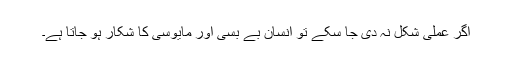
اگر عملی شکل نہ دی جا سکے تو انسان بے بسی اور مایوسی کا شکار ہو جاتا ہے۔